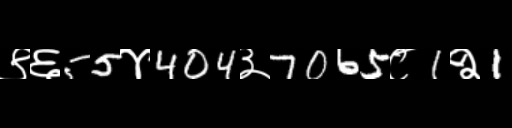
Text: ९६55४404३7065८1२1